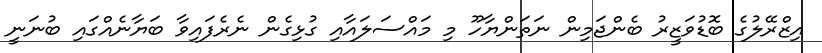
އިޒްރޭލުގެ ބޮޑުވަޒީރު ބެންޖަމިން ނަތަންޔާހޫ މި މައްސަލައާއި ގުޅިގެން ނެރެފައިވާ ބަޔާނެއްގައި ބުނަނީ